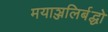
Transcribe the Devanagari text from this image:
मयाञ्जलिर्बद्धो